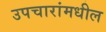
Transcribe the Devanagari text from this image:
उपचारांमधील